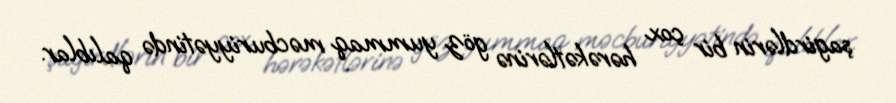
şagirdlərin bir çox hərəkətlərinə göz yummaq məcburiyyətində qalıblar.